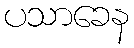
ပသာခေန